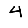
Digit: 4